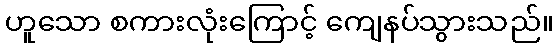
ဟူသော စကားလုံးကြောင့် ကျေနပ်သွားသည်။